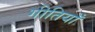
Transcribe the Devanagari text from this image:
गीतियाँ